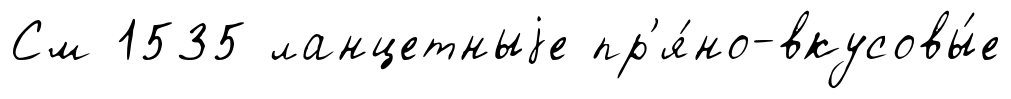
См 1535 ланцетныjе пр'я́но-вкусовы́е